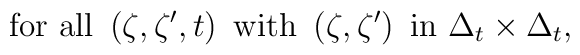
{\rm for\ all\ }\left( \zeta ,\zeta ^{\prime },t\right) {\rm \ with\ }\left(\zeta ,\zeta ^{\prime }\right) {\rm \ in\ }\Delta _{t}\times \Delta _{t},